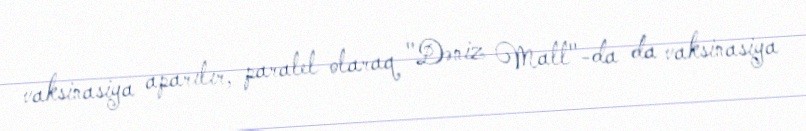
vaksinasiya aparılır, paralel olaraq "Dəniz Mall"-da da vaksinasiya